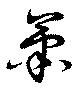
蕭